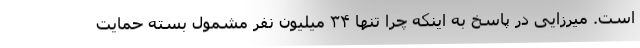
است. میرزایی در پاسخ به اینکه چرا تنها ۳۴ میلیون نفر مشمول بسته حمایت